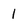
Character: 1